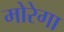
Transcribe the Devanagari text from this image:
मोरेगा